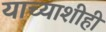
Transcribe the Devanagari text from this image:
याच्याशीही